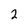
Character: 2